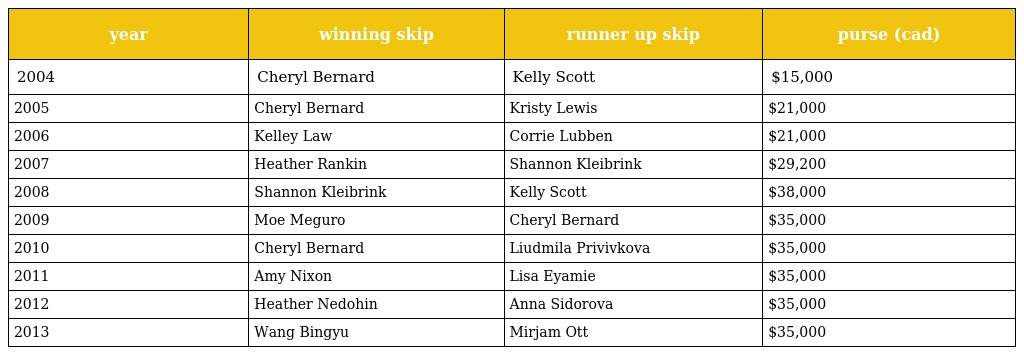
| year | winning skip | runner up skip | purse (cad) |
 | --- | --- | --- | --- |
 | 2004 | Cheryl Bernard | Kelly Scott | $15,000 |
 | 2005 | Cheryl Bernard | Kristy Lewis | $21,000 |
 | 2006 | Kelley Law | Corrie Lubben | $21,000 |
 | 2007 | Heather Rankin | Shannon Kleibrink | $29,200 |
 | 2008 | Shannon Kleibrink | Kelly Scott | $38,000 |
 | 2009 | Moe Meguro | Cheryl Bernard | $35,000 |
 | 2010 | Cheryl Bernard | Liudmila Privivkova | $35,000 |
 | 2011 | Amy Nixon | Lisa Eyamie | $35,000 |
 | 2012 | Heather Nedohin | Anna Sidorova | $35,000 |
 | 2013 | Wang Bingyu | Mirjam Ott | $35,000 |